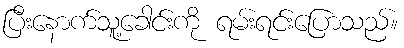
ပြီးနောက်သူ့ခေါင်းကို ရမ်းရင်းပြောသည်။